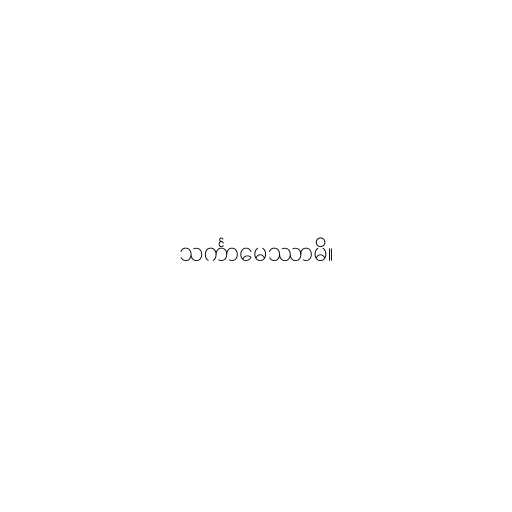
သင်္ကာမေဿာမိ။